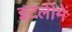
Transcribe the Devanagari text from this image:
इटलीमें